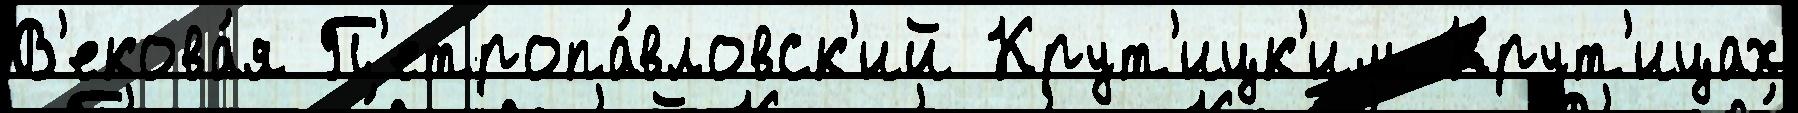
В'екова́я П'етропа́вловск'ий Крут'ицк'им Крут'ицах